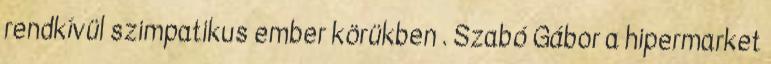
rendkívül szimpatikus ember körükben . Szabó Gábor a hipermarket